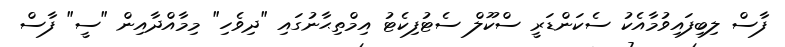
ފާސް ލިބިފައިވުމާއެކު ސެކަންޑަރީ ސްކޫލް ސެޓުފިކެޓު އިމްތިޙާނުގައި "ދިވެހި" މިމާއްދާއިން "ސީ" ފާސް